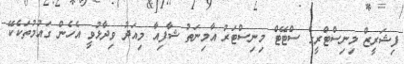
ފިޝަރީޒް މިނިސްޓްރީގެ ސްޓޭޓް މިނިސްޓަރު އާމިނަތު ޝާފިއާ މިއަދު ވިދާޅުވީ އެހެން ގައުމުތަކެކޭ